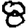
Digit: 8